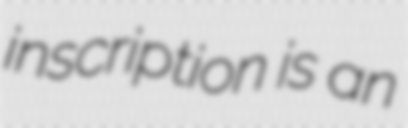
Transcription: inscription is an